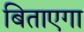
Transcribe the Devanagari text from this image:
बिताएगा